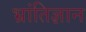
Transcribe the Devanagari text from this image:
भ्रांतिज्ञान